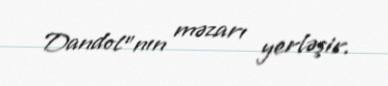
Dandol"nın məzarı yerləşir.